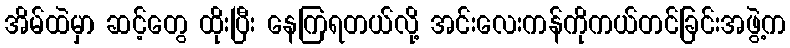
အိမ်ထဲမှာ ဆင့်တွေ ထိုးပြီး နေကြရတယ်လို့ အင်းလေးကန်ကိုကယ်တင်ခြင်းအဖွဲ့က